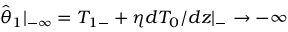
\hat { \theta } _ { 1 } | _ { - \infty } = T _ { 1 - } + \eta d T _ { 0 } / d z | _ { - } \to - \infty